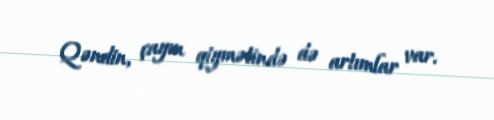
Qəndin, çayın qiymətində də artımlar var.